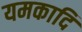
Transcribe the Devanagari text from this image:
यमकादि